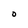
Character: O